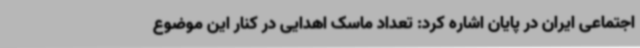
اجتماعی ایران در پایان اشاره کرد: تعداد ماسک اهدایی در کنار این موضوع